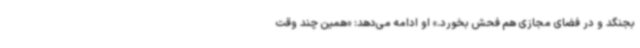
بجنگد و در فضای مجازی هم فحش بخورد.» او ادامه می‌دهد: «همین چند وقت